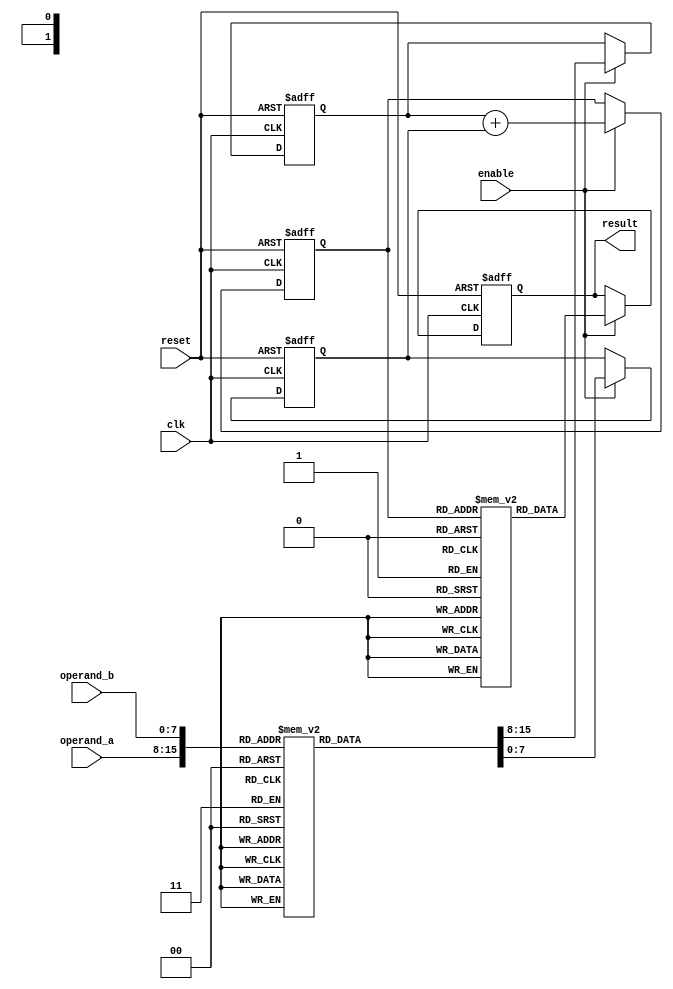
module log_multiplier (
    input wire clk,
    input wire reset,
    input wire [7:0] operand_a,  // 8-bit fixed-point input
    input wire [7:0] operand_b,  // 8-bit fixed-point input
    input wire enable,
    output reg [15:0] result       // 16-bit fixed-point output
);

// Parameterization
parameter LOG_LUT_SIZE = 256; // Example size for lookup tables
reg [7:0] log_LUT [0:LOG_LUT_SIZE-1]; // LUT for logarithmic conversion
reg [15:0] exp_LUT [0:LOG_LUT_SIZE-1]; // LUT for exponential conversion

// Intermediate registers
reg [7:0] log_a;
reg [7:0] log_b;
reg [7:0] log_sum;

// Initialization of LUTs (You would fill these with your specific values)
initial begin
    // Generate lookup table values for log (base 2) and exp
    // Here, we need to simply initialize them for the sake of example.
    // In a practical design, these would be pre-calculated.
    // Example values for log_LUT and exp_LUT should be filled out.
    // log_LUT[i] = log2(i)
    // exp_LUT[i] = 2^i
    // This initialization needs to be done for the actual values needed.
end

// Logarithmic conversion
always @(posedge clk or posedge reset) begin
    if (reset) begin
        log_a <= 0;
        log_b <= 0;
        log_sum <= 0;
        result <= 0;
    end
    else if (enable) begin
        // Look-up logs for inputs
        log_a <= log_LUT[operand_a];
        log_b <= log_LUT[operand_b];

        // Perform addition in logarithmic domain
        log_sum <= log_a + log_b;
        
        // Look-up exp based on the result of the logarithmic sum
        result <= exp_LUT[log_sum];
    end
end

endmodule